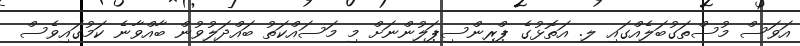
އަވަސް މުސްތަގުބަލެއްގައި ލ. އަތޮޅުގެ ޕްރިންސިޕަލުންނަށް މި މަސައްކަތު ބައްދަލުވުން ބާއްވާނެ ކަމުގައިވެސް